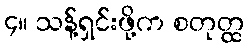
၄။ သန့်ရှင်းဖို့က စတုတ္ထ